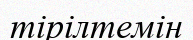
тірілтемін